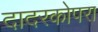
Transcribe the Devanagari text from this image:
दादरकोपरा